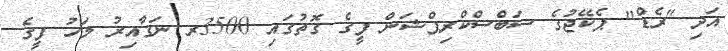
އަދި "ރެޑް" ޕެކޭޖުގެ ސަބްސްކްރިޕްޝަން ފީގެ ގޮތުގައި 3500ރ ނަގާއިރު މަހު ފީގެ